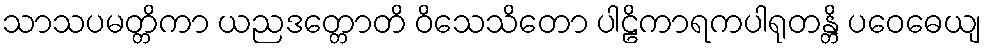
သာသပမတ္တိကာ ယညဒတ္တောတိ ဝိသေသိတော ပါဠိကာရကပါရုတန္တိ ပဝေဓေယျ